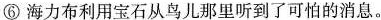
⑥海力布利用宝石从鸟儿那里听到了可怕的消息。